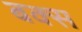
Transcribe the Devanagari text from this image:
बक्‍स